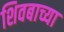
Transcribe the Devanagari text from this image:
शिवबाच्या